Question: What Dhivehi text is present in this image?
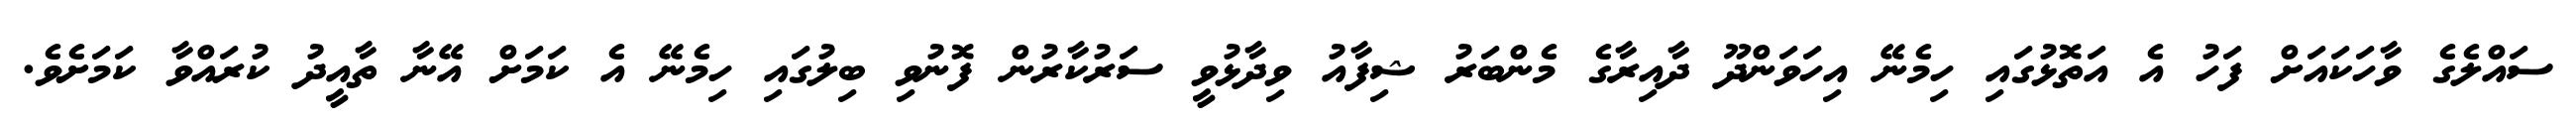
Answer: ސައްލެގެ ވާހަކައަށް ފަހު އެ އަތޮޅުގައި ހިމެނޭ އިހަވަންދޫ ދާއިރާގެ މެންބަރު ޝިފާއު ވިދާޅުވީ ސަރުކާރުން ފޮނުވި ބިލުގައި ހިމެނޭ އެ ކަމަށް އޭނާ ތާއީދު ކުރައްވާ ކަމަށެވެ.